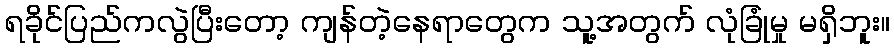
ရခိုင်ပြည်ကလွဲပြီးတော့ ကျန်တဲ့နေရာတွေက သူ့အတွက် လုံခြုံမှု မရှိဘူး။